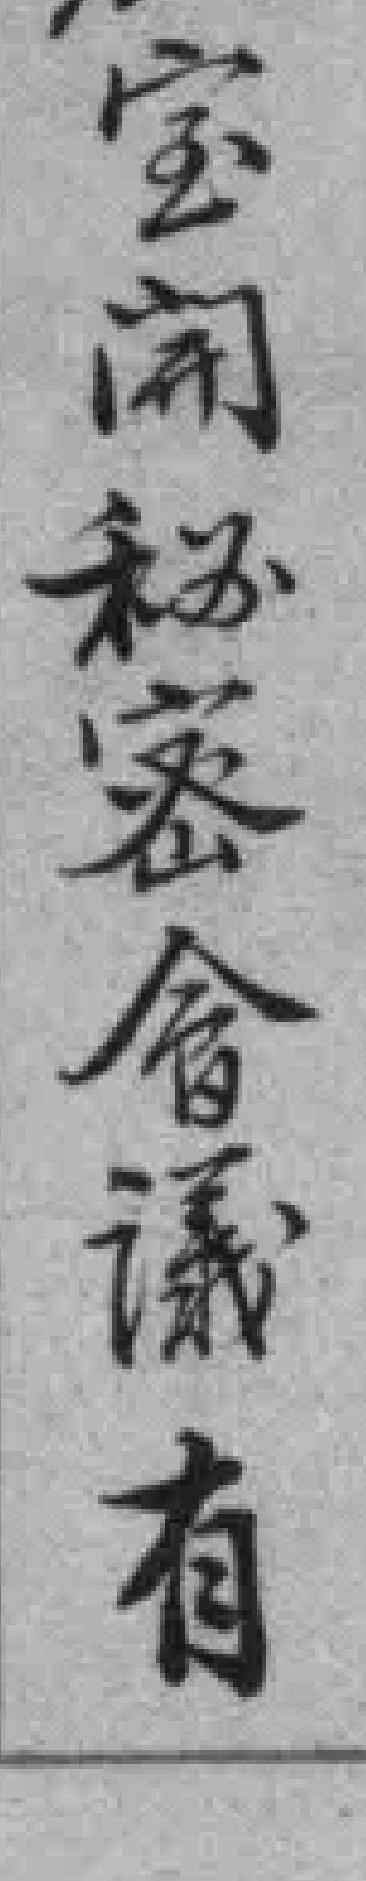
宝開秘密會議有